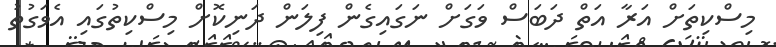
މިސްކިތަށް އަރާ އަތް ދަބަސް ވަގަށް ނަގައިގެން ފިލަން ދަނިކޮށް މިސްކިތުގައި އެވަގުތު